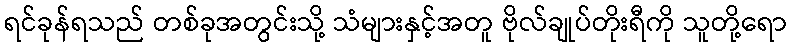
ရင်ခုန်ရသည် တစ်ခုအတွင်းသို့ သံများနှင့်အတူ ဗိုလ်ချုပ်တိုးရီကို သူတို့ရော